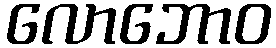
လောဘောဝ